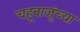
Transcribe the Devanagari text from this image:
चहूबाजूंच्या